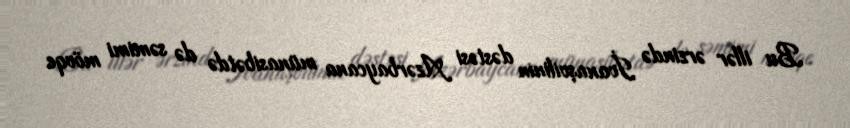
Bu illər ərzində İvanaşvilinin dəstəsi Azərbaycana münasibətdə də səmimi mövqe